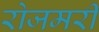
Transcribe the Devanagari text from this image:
रोजमरी